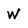
Character: W